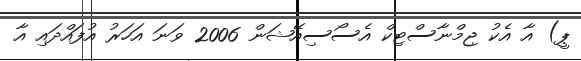
ޕީ) އާ އެކު ޖިމްނާސްޓިކް އެސޯސިއޭޝަން 2006 ވަނަ އަހަރު އުފައްދައި އާ